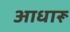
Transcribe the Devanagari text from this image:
आधारू